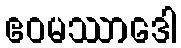
ဧဝမဿာဒေါ